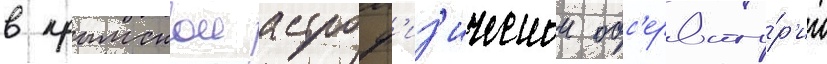
в крымскои астроф'из'ическои обс'ервато́р'ии